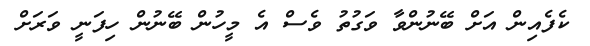
ކެފެއިން އަށް ބޭނުންވާ ވަގުތު ވެސް އެ މީހުން ބޭނުން ހިފަނީ ވަރަށް